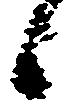
候